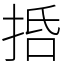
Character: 𢬸